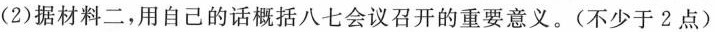
(2)据材料二，用自己的话概括八七会议召开的重要意义。(不少于2点)